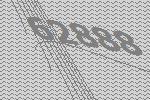
62888